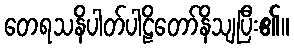
တေရသနိပါတ်ပါဠိတော်နိသျပြီး၏။